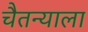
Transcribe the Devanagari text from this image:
चैतन्याला